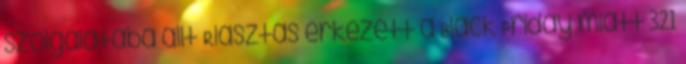
szolgálatába állt Riasztás érkezett a Black Friday miatt 321